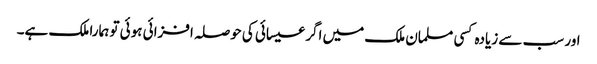
اور سب سے زیادہ کسی مسلمان ملک میں اگر عیسائی کی حوصلہ افزائی ہوئی تو ہمارا ملک ہے۔